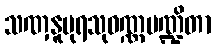
သဏှနူပုရသုဝဏ္ဏမဏ္ဍိတာ